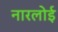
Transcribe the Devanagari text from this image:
नारलोई